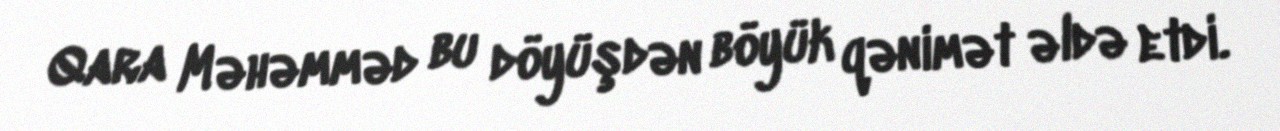
Qara Məhəmməd bu döyüşdən böyük qənimət əldə etdi.